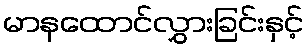
မာနထောင်လွှားခြင်းနှင့်